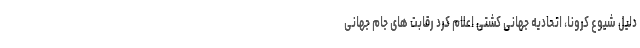
دلیل شیوع کرونا، اتحادیه جهانی کشتی اعلام کرد رقابت های جام جهانی